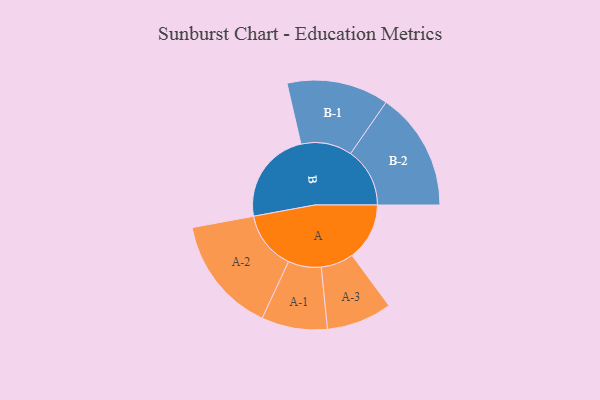
{"axis": {"x": "Segment", "y": "Value"}, "legend": ["", "A", "B"], "data": [{"x": "A", "y": 286, "type": ""}, {"x": "B", "y": 466, "type": ""}, {"x": "A-1", "y": 164, "type": "A"}, {"x": "A-2", "y": 291, "type": "A"}, {"x": "A-3", "y": 163, "type": "A"}, {"x": "B-1", "y": 254, "type": "B"}, {"x": "B-2", "y": 295, "type": "B"}]}